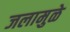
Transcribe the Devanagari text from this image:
जलामुळे